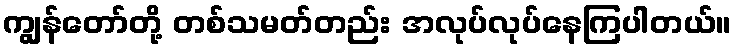
ကျွန်တော်တို့ တစ်သမတ်တည်း အလုပ်လုပ်နေကြပါတယ်။